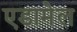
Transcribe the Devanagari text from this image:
एडामेल